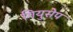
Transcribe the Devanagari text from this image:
गियुसेप